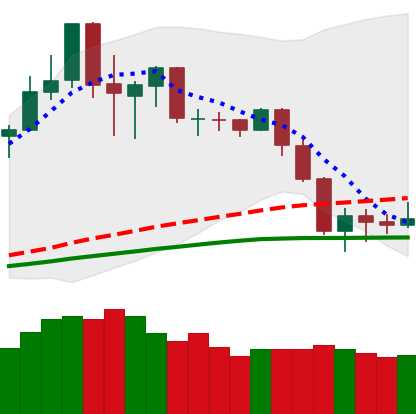
Ticker: NEO-USD
Chart end date: 2020-03-01
Forward return: 8.618%
Label: up_7plus